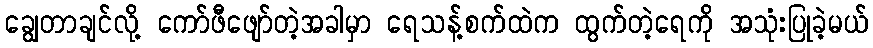
ချွေတာချင်လို့ ကော်ဖီဖျော်တဲ့အခါမှာ ရေသန့်စက်ထဲက ထွက်တဲ့ရေကို အသုံးပြုခဲ့မယ်